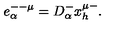
e _ { \alpha } ^ { -- \mu } = D _ { \alpha } ^ { - } x _ { h } ^ { \mu - } .